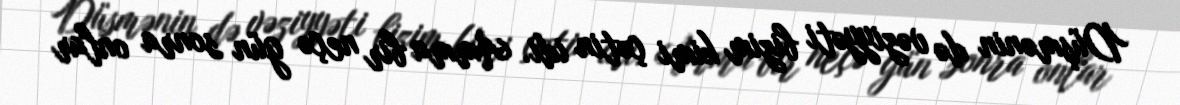
Düşmənin də vəziyyəti bizim kimi çətin idi. Amma bir neçə gün sonra onlar